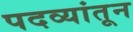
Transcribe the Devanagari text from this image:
पदव्यांतून